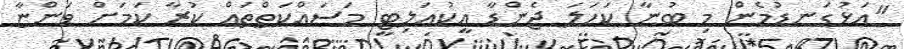
"އަޅުގަނޑުމެން މި ބުނާ ކަހަލަ ޖެންޑާ އީކުއަލިޓީ މަސައްކަތްތައް ކުރާ ކަމަށް ވަންޏާ